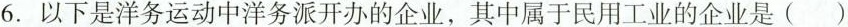
6.以下是洋务运动中洋务派开办的企业，其中属于民用工业的企业是()